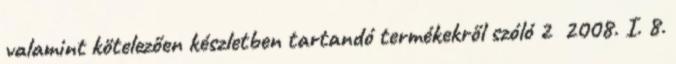
valamint kötelezően készletben tartandó termékekről szóló 2 2008. I. 8.